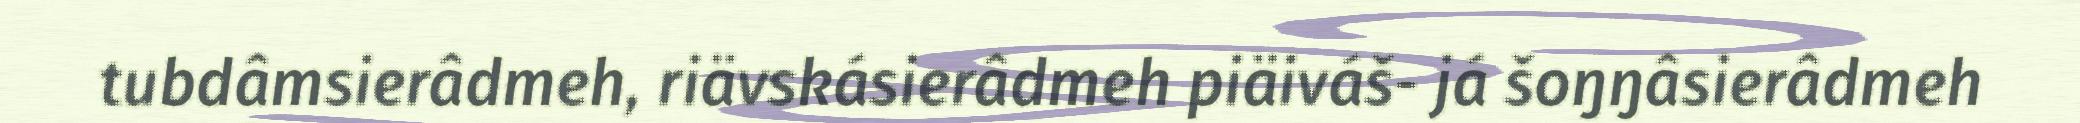
tubdâmsierâdmeh, riävskásierâdmeh piäiváš- já šoŋŋâsierâdmeh